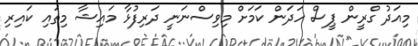
މިއަދު ގްރީން ޕީސް ހަދަން ކަމަށް މިވިސްނަނީ ދަރިފުޅާ މައިޝާ މިތައި ކައިރި